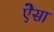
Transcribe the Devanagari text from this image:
ऐेसा